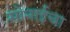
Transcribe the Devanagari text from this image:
सोनाईचा